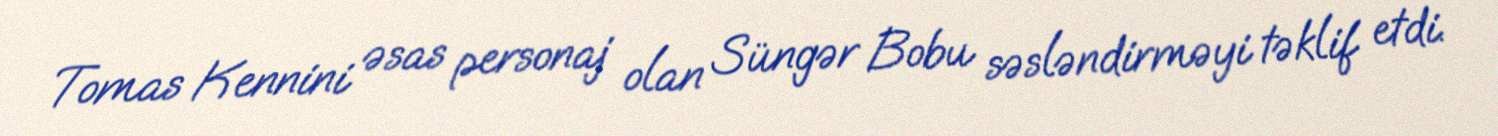
Tomas Kennini əsas personaj olan Süngər Bobu səsləndirməyi təklif etdi.